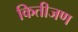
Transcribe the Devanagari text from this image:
कितीजण